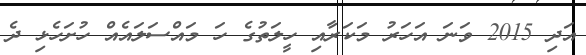
އަދި 2015 ވަނަ އަހަރު މަކަރާއި ހީލަތުގެ ހަ މައްސަލައެއް ހުށަހެޅި ދެ